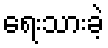
ရေးသားခဲ့